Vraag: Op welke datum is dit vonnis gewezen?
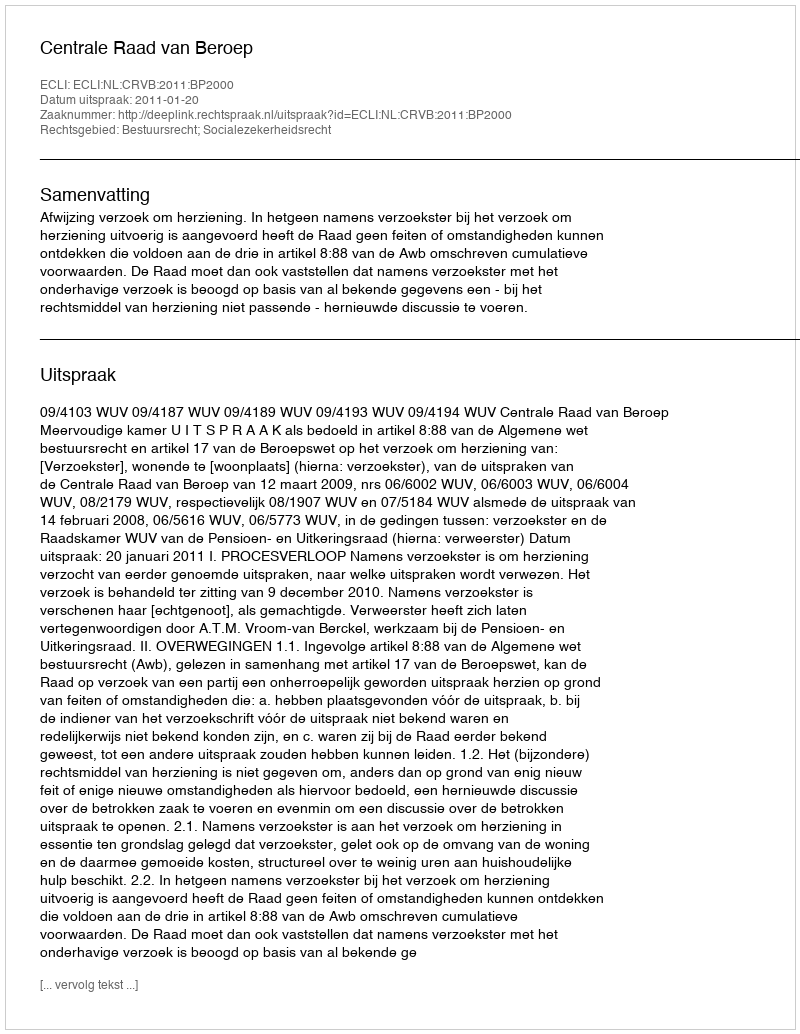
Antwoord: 2011-01-20